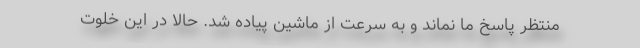
منتظر پاسخ ما نماند و به سرعت از ماشین پیاده شد. حالا در این خلوت